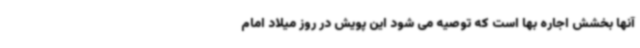
آنها بخشش اجاره بها است که توصیه می شود این پویش در روز میلاد امام